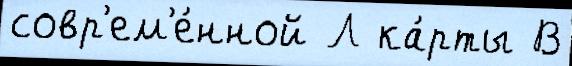
совр'ем'е́нной Л ка́рты В